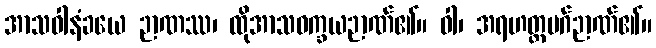
အာသဝါနံခယေ ဉာဏဿ၊ ထိုအာသဝက္ခယဉာဏ်၏။ ဝါ၊ အရဟတ္တမဂ်ဉာဏ်၏။